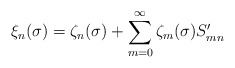
\begin{align*}\xi_n(\sigma) = \zeta_n(\sigma) + \sum_{m=0}^\infty \zeta_m(\sigma) S'_{mn} \end{align*}